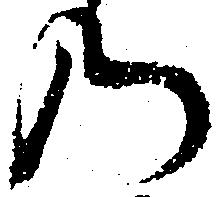
の